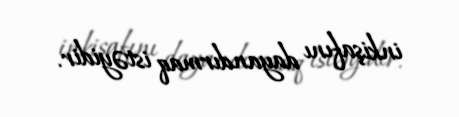
inkişafını dayandırmaq istəyidir.